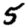
Digit: 5